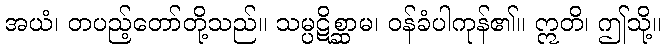
အယံ၊ တပည့်တော်တို့သည်။ သမ္ပဋိစ္ဆာမ၊ ဝန်ခံပါကုန်၏။ ဣတိ၊ ဤသို့။